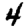
Digit: 4